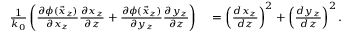
\begin{array} { r l } { \frac { 1 } { k _ { 0 } } \left( \frac { \partial \phi ( \vec { x } _ { z } ) } { \partial x _ { z } } \frac { \partial x _ { z } } { \partial z } + \frac { \partial \phi ( \vec { x } _ { z } ) } { \partial y _ { z } } \frac { \partial y _ { z } } { \partial z } \right) } & { { } = \left( \frac { d x _ { z } } { d z } \right) ^ { 2 } + \left( \frac { d y _ { z } } { d z } \right) ^ { 2 } . } \end{array}